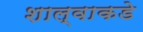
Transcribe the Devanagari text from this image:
शाल्वाकडे